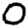
Digit: 0